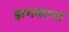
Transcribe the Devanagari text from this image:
झमकाना